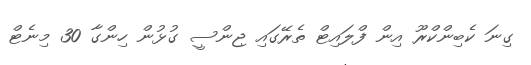
ގިނަ ކެބިންކްރޫ އިން ފްލައިޓް ތެރޭގައި ޖިންސީ ގުޅުން ހިންގާ 30 މިނެޓް